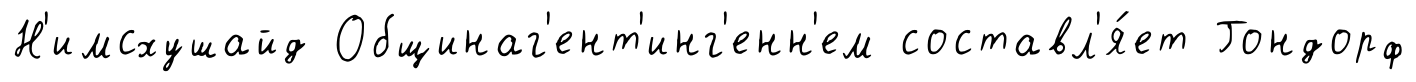
Н'имсхушайд Общинаг'ент'инг'енн'ем составл'я́ет Гондорф